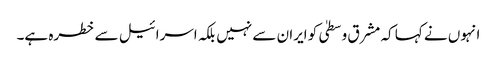
انہوں نے کہا کہ مشرق وسطیٰ کو ایران سے نہیں بلکہ اسرائیل سے خطرہ ہے۔